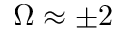
\Omega \approx \pm 2